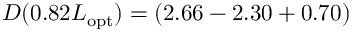
D ( 0 . 8 2 L _ { \mathrm { o p t } } ) = ( 2 . 6 6 - 2 . 3 0 + 0 . 7 0 )